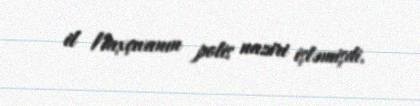
il Naxçıvanın polis naziri işləmişdi.